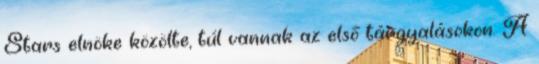
Stars elnöke közölte, túl vannak az első tárgyalásokon. A